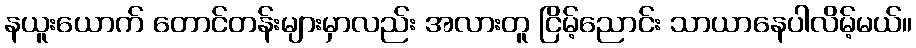
နယူးယောက် တောင်တန်းများမှာလည်း အလားတူ ငြိမ့်ညောင်း သာယာနေပါလိမ့်မယ်။